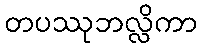
တပဿုဘလ္လိကာ